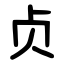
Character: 贞